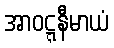
အာဝဋ္ဋနီမာယံ